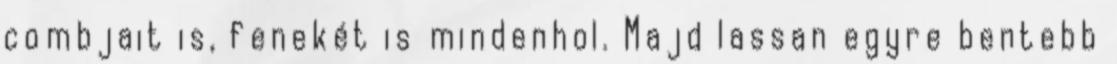
combjait is, fenekét is mindenhol. Majd lassan egyre bentebb